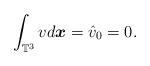
LaTeX: \begin{align*} \int_{\mathbb{T}^3} v d\boldsymbol{x} = \hat{v}_0 = 0.\end{align*}